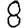
Digit: 8